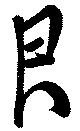
艮